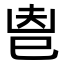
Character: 𢀺